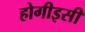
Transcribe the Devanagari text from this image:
होगीइसी